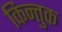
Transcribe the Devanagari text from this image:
किन्तुक